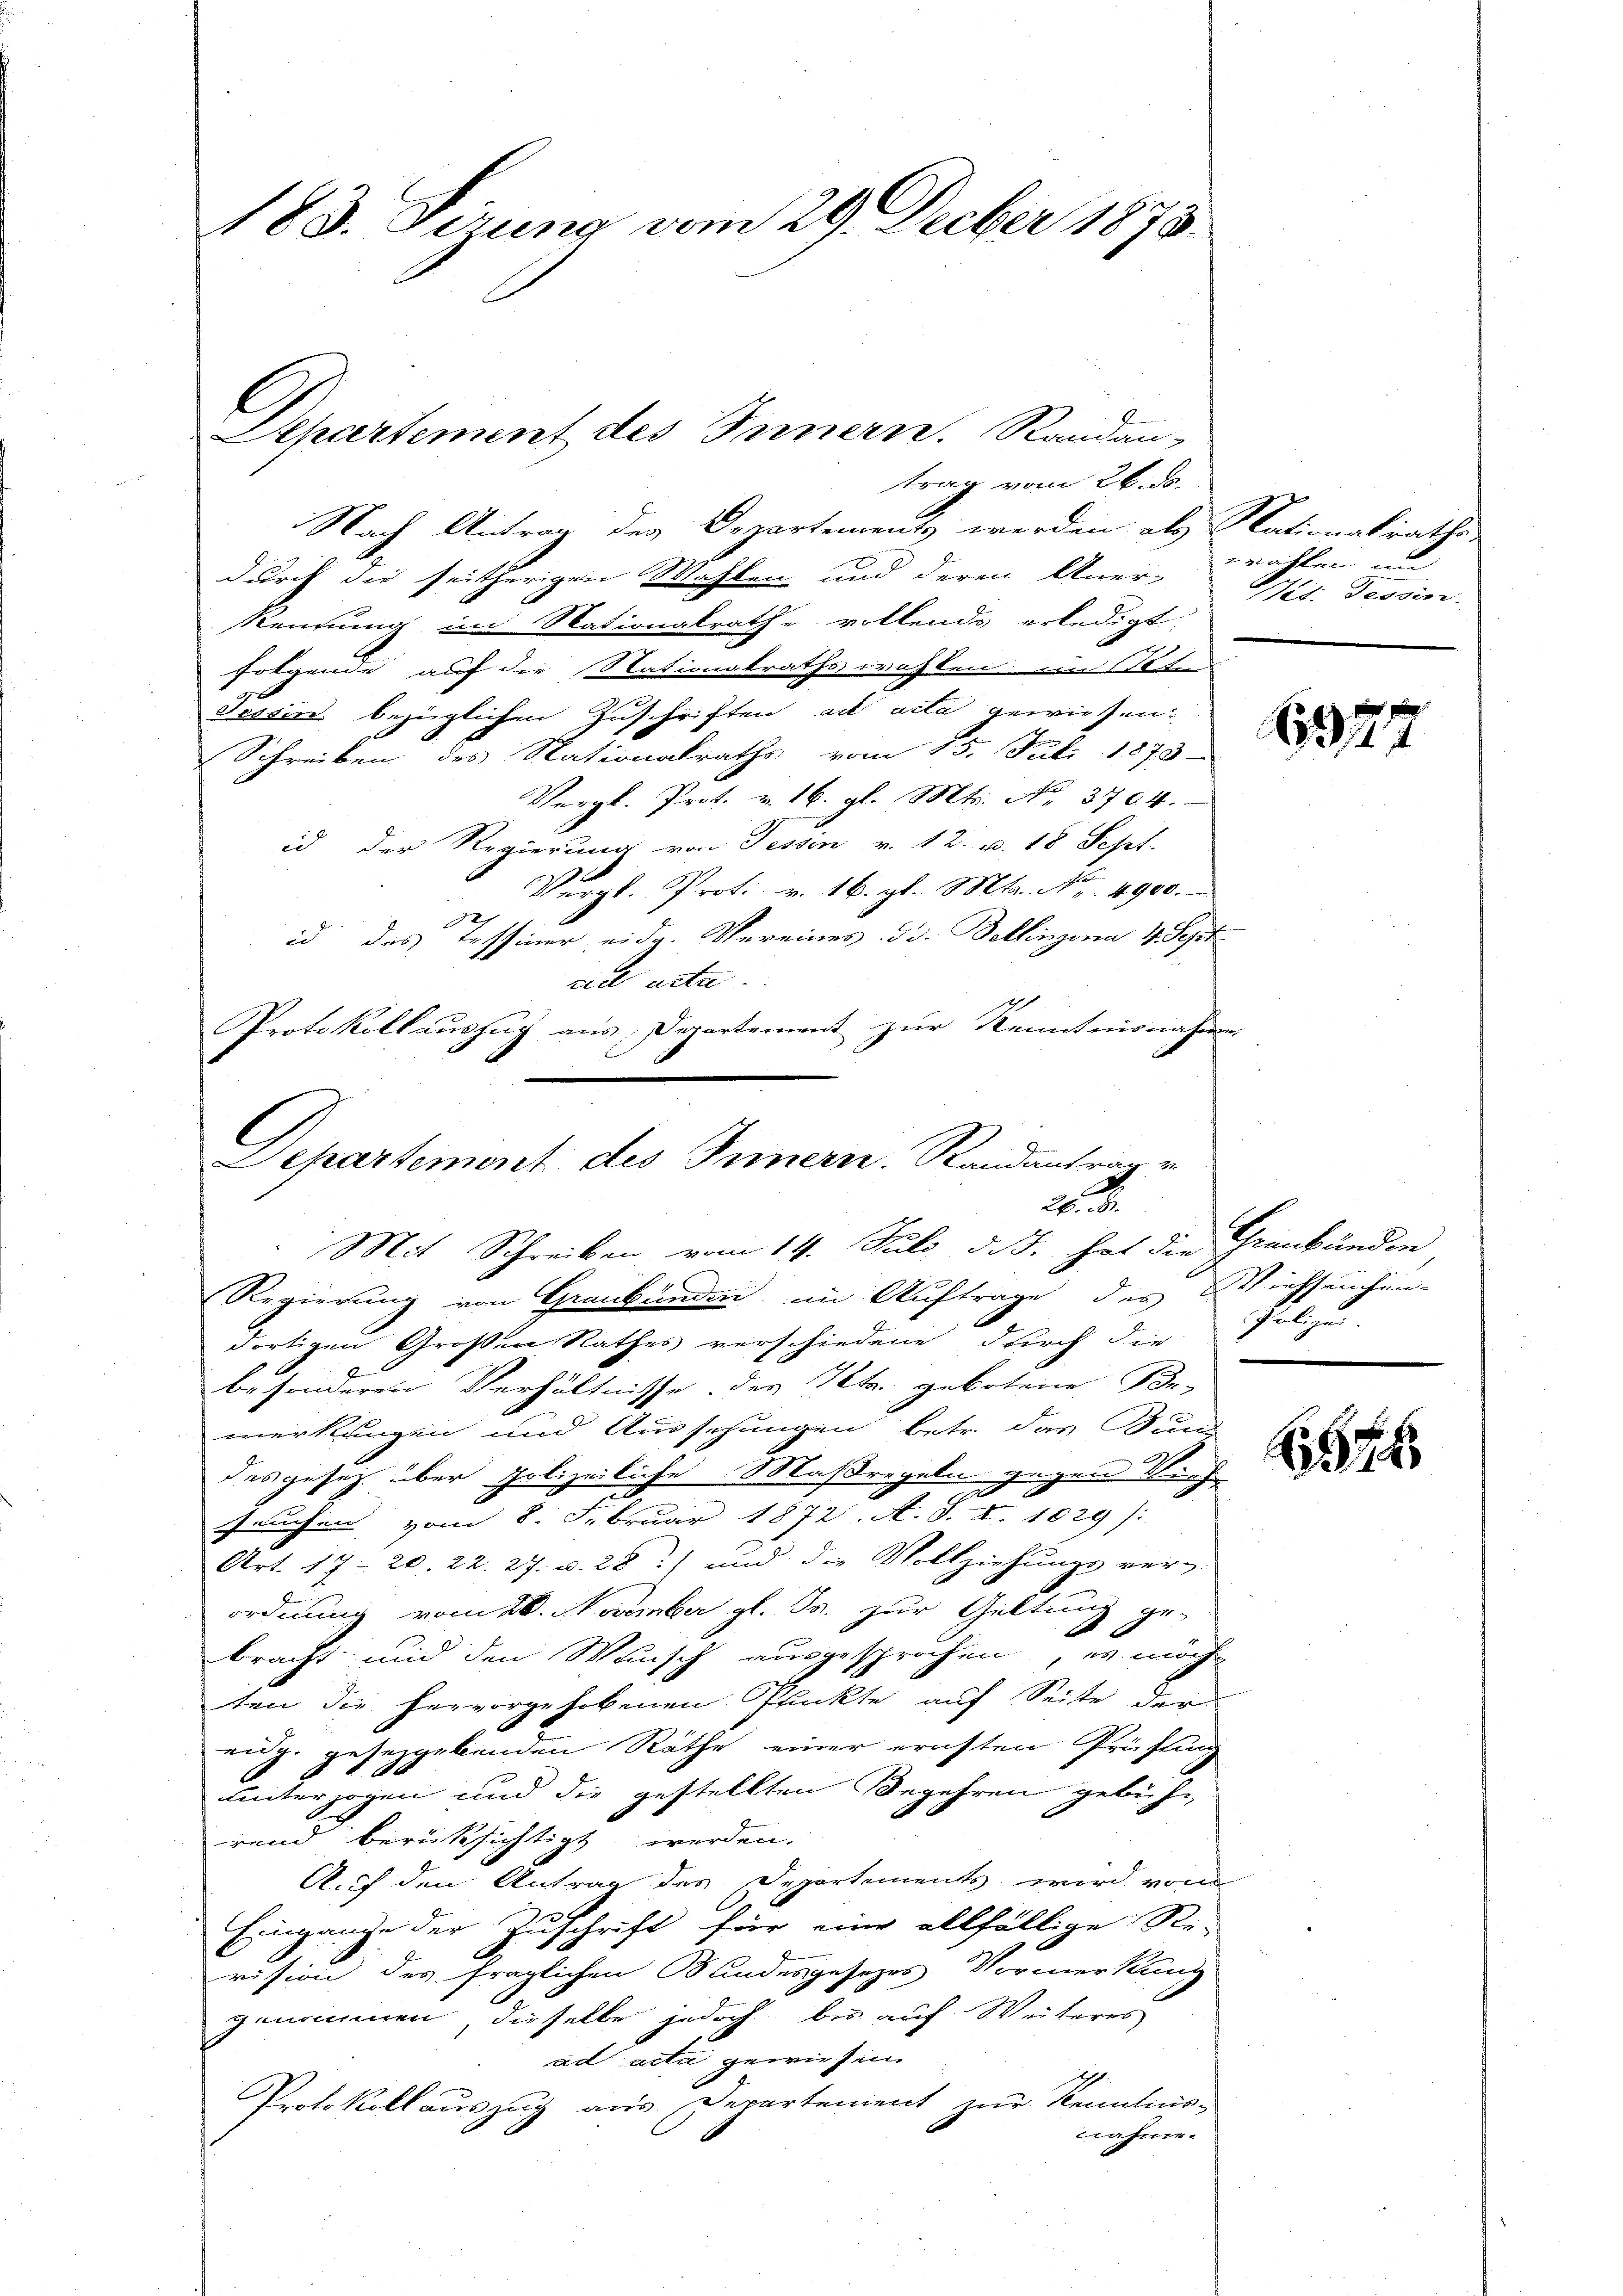
183. Sizung vom 29. Decber 1873.

Nach Antrag des Departements werden als Nationalraths-
durch die seitherigen Wahlen und deren Aner-
Rennung im Nationalrathe vollends erledigt.
folgende auf die Nationalraths wohlen im 11t
Tessin bezüglichen Zuschriften ad acta gewiesen.
Schreiben des Nationalraths vom 15. Juli 1873
Vergl. Prot. v. 16. gl. Mts. No. 3704.
id der Regierung von Fessen v. 12. u. 18 Sept.
N 8. Prot. v. 16. gl. Mts. Nr. 4900.
id des Tessiner, eidg. Vereines die Bellinzona 4. Sept
cedl acta.
Protokollauszug aus Departement zur Kenntnisnahme

Aepartement des Innern. Randan-
trag vom 26. ds.

l
Departement des Innern. Randantrar v
2.
Mit Schreiben vom 14. Juli d. J. hat die Graubünden

Regierung von Graubünden im Auftrage des Wiehseuchen-
dortigen Großen Rathes verschiedene durch die
besonderen Verhältnisse des Kts. gebotene See-
merkungen und Aussehungen betr. das Bund
des gesetz über polizeiliche Maßregeln gegen Vieh
seuchen vom 8. Februar 1872. A. S. I. 1029):
Art. 17. 20. 22. 27. v. 28) und die Vollziehungs verg-
ordnung vom 26. November gl. Js. zur Geltung ge-
E
bracht, und den Wunsch ausgesprochen, es möch
ten die hervorgehobenen Prückte auf Seite der
an J. gesetzgebenden Räthe einer ernsten Prüfung
unterzogen und die gestellten Begehren gebühr
rend berücksichtigt werden.
Auf den Antrag des Departements wird von
Eingange der Zuschrift für eine allfällige Re-
vision des fraglichen Bundesgesezes Vormerkung
genommen, dieselbe jedoch bis auf Weiteres
ad acta gewiesen.
Protokollauszug aus Departement zur Semitins-
nahme.

rahten un
Wit. Tessin.

1377

Polize

54